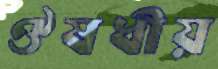
ঔষধীয়